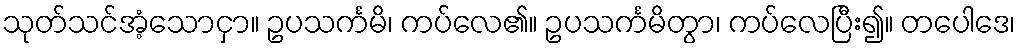
သုတ်သင်အံ့သောငှာ။ ဥပသင်္ကမိ၊ ကပ်လေ၏။ ဥပသင်္ကမိတွာ၊ ကပ်လေပြီး၍။ တပေါဒေ၊